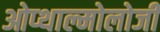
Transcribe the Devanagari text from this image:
ओप्थाल्मोलोजी